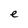
Character: e